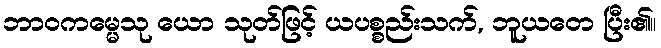
ဘာဝကမ္မေသု ယော သုတ်ဖြင့် ယပစ္စည်းသက်, ဘူယတေ ပြီး၏။